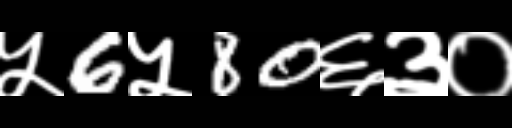
Text: ५6५80६३०